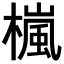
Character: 𣛄